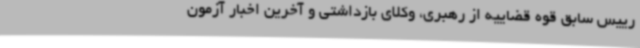
رییس سابق قوه قضاییه از رهبری، وکلای بازداشتی و آخرین اخبار آزمون